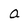
Character: a